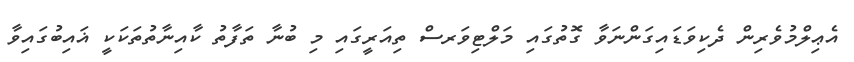
އެޢިލްމުވެރިން ދެކިވަޑައިގަންނަވާ ގޮތުގައި މަލްޓިވަރސް ތިއަރީގައި މި ބުނާ ތަފާތު ކާއިނާތުތަކަކީ ޣައިބުގައިވާ